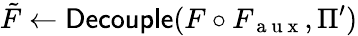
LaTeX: \tilde{F}\gets\textsf{Decouple}(F\circ F_{\mathrm{~a~u~x~}},\Pi^{\prime})